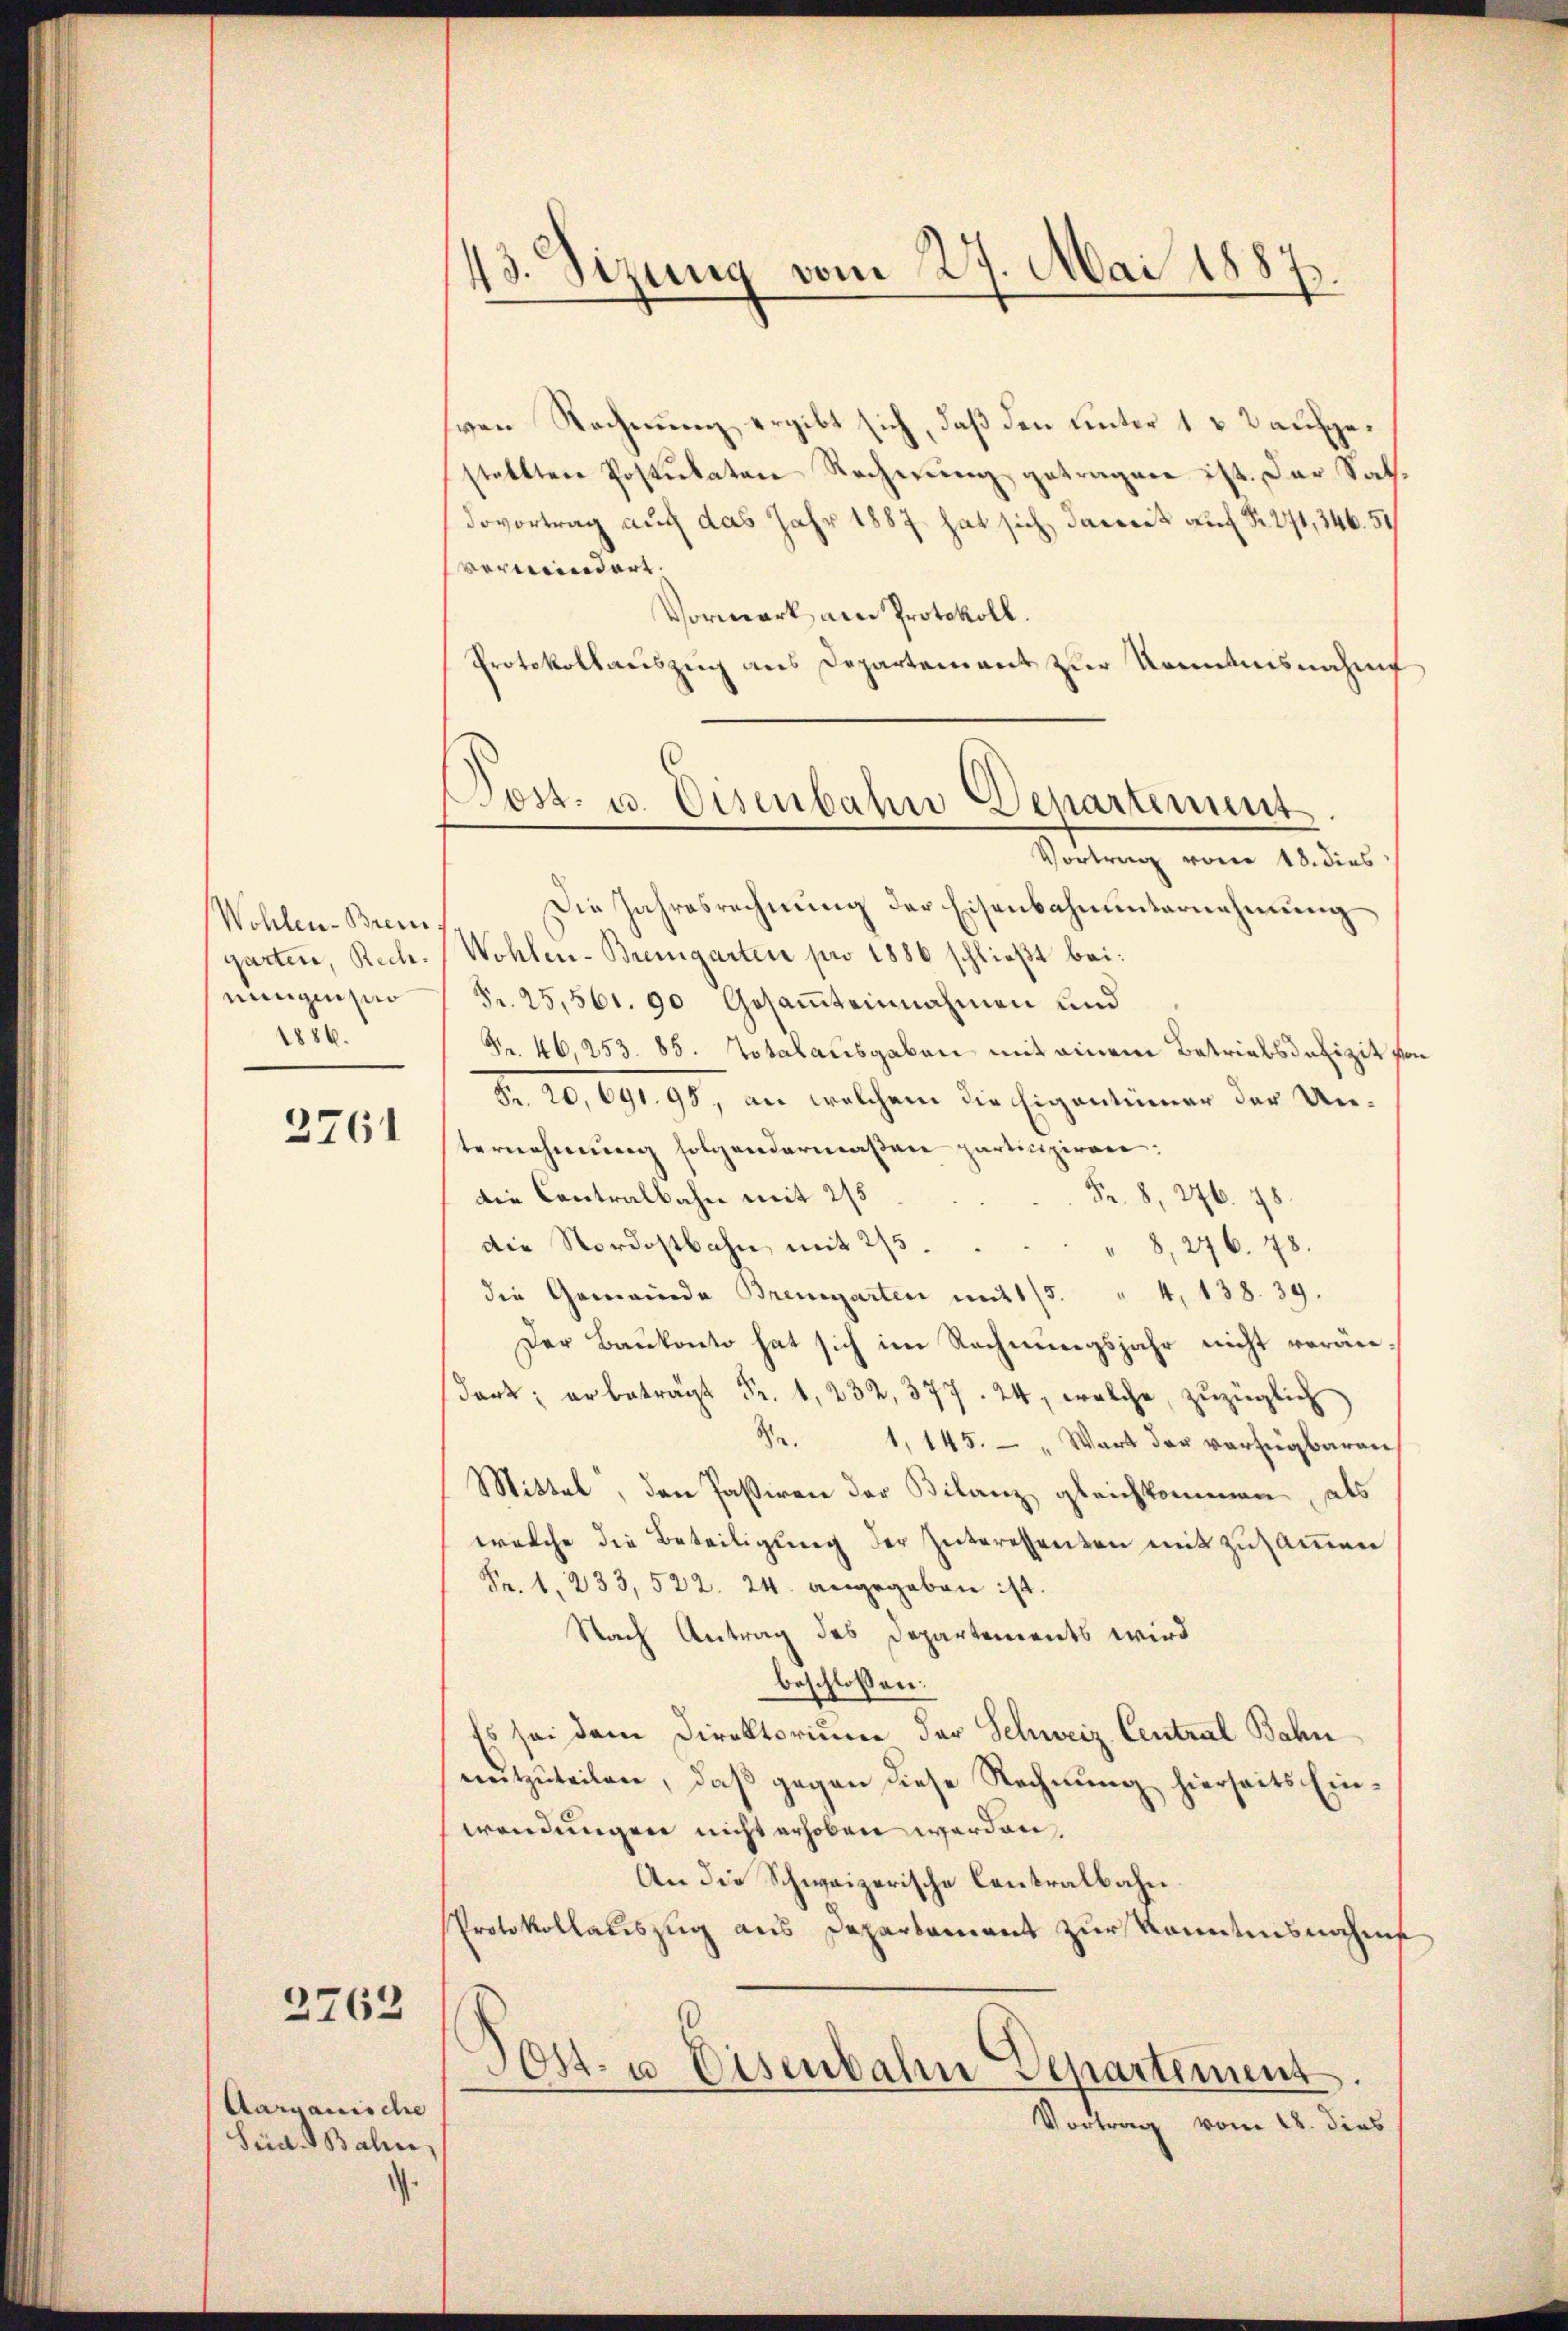
Wohlen-Brem
ningen zuo
1886.

2761

2763

Aargauische
Sed. Bahn

1

43. Sizung vom 27. Mai 1887.
¬

ven Rechnung ergibt sich, daß den unter 1 & 2 aufgestellten Postulaten Rechnŭng getragen ist. Der Saldovortrag auch das Jahr 1887 hat sich damit auf Nr. 271, 346. 51
vermindert.
Vormark am Protokoll.
Protokollauszug aus Departement zur Kenntnisnahme
Vortrag von 18. dies
Die Jahresrechnung der Eisenbahnunternehmung
garten, Rech. Wohlen-Bremgarten pro 1886 schließt bei:
Fr. 25,561. 90 Gesammteinnahmen und
Nr. 46, 253. 85. Totalausgaben mit einem Betriebsdefizit fr
Fr. 20, 691. 98, an welchem die Eigentümer der Unternehmung folgendermaßen participiren:
Fr. 8, 276. 78
die Contralbahn mit 215
die Nordostbahn, mit 275
8, 276. 48.
die Gemeinde Bremgarten mit 1/5. " 4, 138. 39.
Der Baŭkonto hat sich im Rechnŭngsjahr nicht veränzüglich
Fr. 1, 145. " Wart der verfügbaren
Mittel, den Paßiven der Bilanz gleichkommen, als
welche die Beteiligung der Interessenten mit zusammen
Fr. 1, 233, 522. 24. angegeben ist.
Nach Antrag des Departements wird
beschlossen:
Es sei dem Direktorium der Schweiz. Central Bahn
mitzŭteilen, daβ gegen diese Rechnŭng hierseits Ein-
wendungen nicht erhoben werden,
An die Schweizerische Contralbahn
Protokollauszug aus Departament zur Kenntnisnahms
Post- u Eisenbahn Separtement
Vortrag vom 18. dies

Post- u. Eisenbahn Departement
—